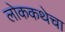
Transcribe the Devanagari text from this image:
लोककथेचा